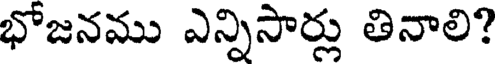
భోజనము ఎన్నిసార్లు తినాలి?